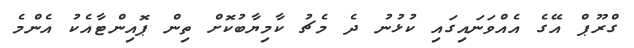
ގްރޫޕް އޭގެ އެއްވަނައިގައި ކުޅުނު ދެ މެޗު ކާމިޔާބުކޮށް ތިން ޕޮއިންޓާއެކު އެންމެ